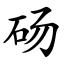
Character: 砀